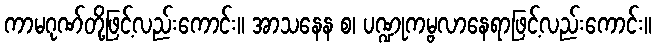
ကာမဂုဏ်တို့ဖြင့်လည်းကောင်း။ အာသနေန စ၊ ပဏ္ဍုကမ္ဗလာနေရာဖြင့်လည်းကောင်း။